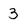
Character: 3